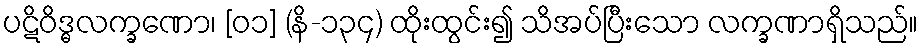
ပဋိဝိဒ္ဓလက္ခဏော၊ [၀၁] (နိ-၁၃၄) ထိုးထွင်း၍ သိအပ်ပြီးသော လက္ခဏာရှိသည်။